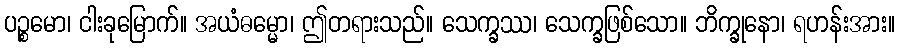
ပဉ္စမော၊ ငါးခုမြောက်။ အယံဓမ္မော၊ ဤတရားသည်။ သေက္ခဿ၊ သေက္ခဖြစ်သော။ ဘိက္ခုနော၊ ရဟန်းအား။